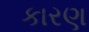
કારણ